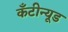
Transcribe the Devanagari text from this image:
कँटीन्यूड